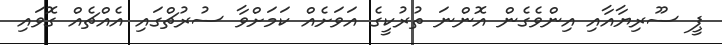
ޕީ ސޫރިޔާއާއި އިންވެގެން އޮންނަ ތުރުކީގެ އަވަށެއް ކަމަށްވާ ސުރުޗްގައި އެއްޗެއް ގޮވައި